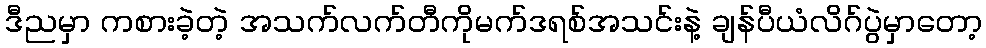
ဒီညမှာ ကစားခဲ့တဲ့ အသက်လက်တီကိုမက်ဒရစ်အသင်းနဲ့ ချန်ပီယံလိဂ်ပွဲမှာတော့